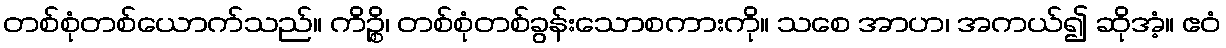
တစ်စုံတစ်ယောက်သည်။ ကိဉ္စိ၊ တစ်စုံတစ်ခွန်းသောစကားကို။ သစေ အာဟ၊ အကယ်၍ ဆိုအံ့။ ဧဝံ